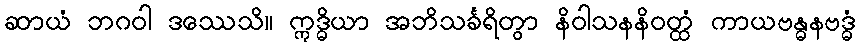
ဆာယံ ဘဂဝါ ဒဿေသိ။ ဣဒ္ဓိယာ အဘိသင်္ခရိတွာ နိဝါသနနိဝတ္ထံ ကာယဗန္ဓနဗဒ္ဓံ